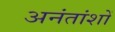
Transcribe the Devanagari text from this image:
अनंतांशों